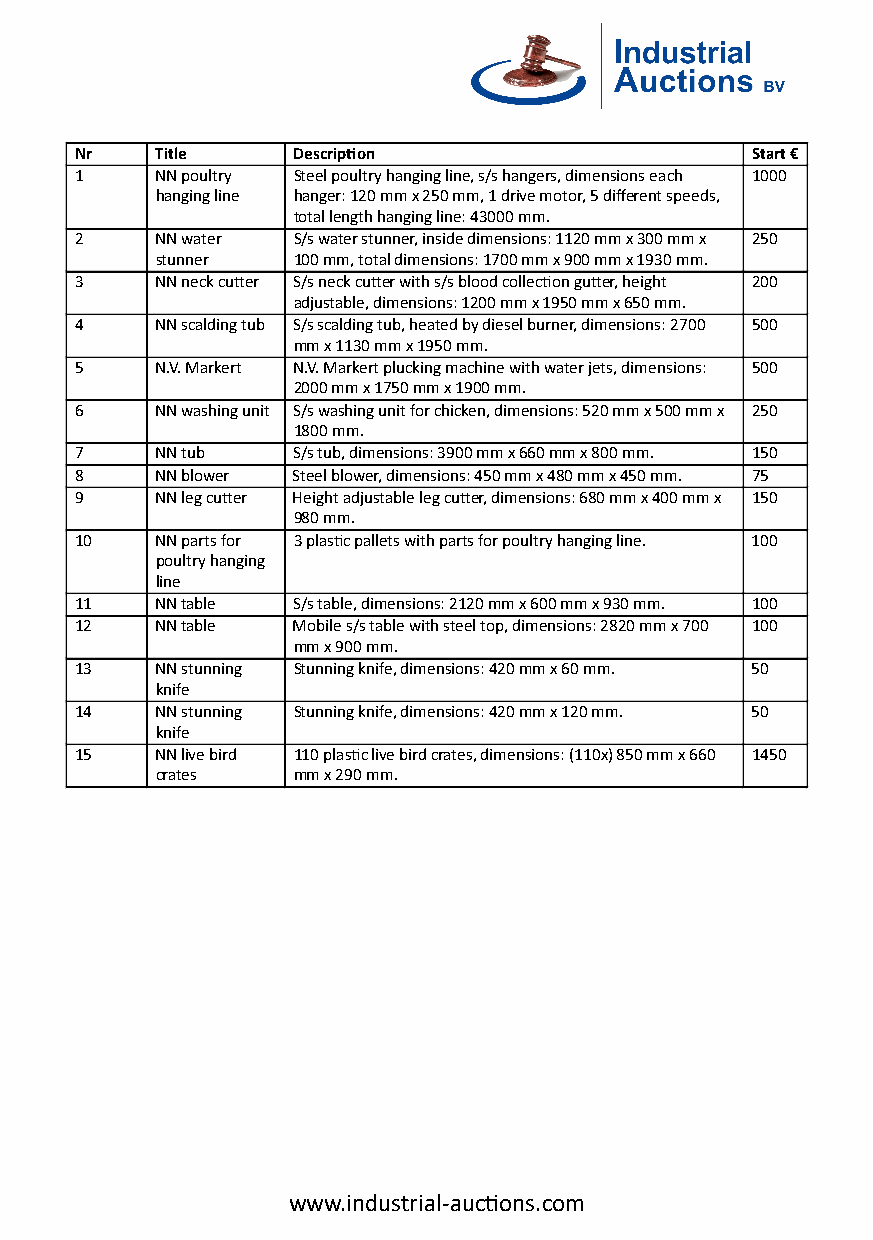
Nr   Title    Descrip�on                     Start €
 1    NN poultry Steel poultry hanging line, s/s hangers, dimensions each 1000
 hanging line hanger: 120 mm x 250 mm, 1 drive motor, 5 different speeds,
 total length hanging line: 43000 mm.
 2    NN water S/s water stunner, inside dimensions: 1120 mm x 300 mm x 250
 stunner  100 mm, total dimensions: 1700 mm x 900 mm x 1930 mm.
 3    NN neck cu�er S/s neck cu�er with s/s blood collec�on gu�er, height 200
 adjustable, dimensions: 1200 mm x 1950 mm x 650 mm.
 4    NN scalding tub S/s scalding tub, heated by diesel burner, dimensions: 2700 500
 mm x 1130 mm x 1950 mm.
 5    N.V. Markert N.V. Markert plucking machine with water jets, dimensions: 500
 2000 mm x 1750 mm x 1900 mm.
 6    NN washing unit S/s washing unit for chicken, dimensions: 520 mm x 500 mm x 250
 1800 mm.
 7    NN tub   S/s tub, dimensions: 3900 mm x 660 mm x 800 mm. 150
 8    NN blower Steel blower, dimensions: 450 mm x 480 mm x 450 mm. 75
 9    NN leg cu�er Height adjustable leg cu�er, dimensions: 680 mm x 400 mm x 150
 980 mm.
 10   NN parts for 3 plas�c pallets with parts for poultry hanging line. 100
 poultry hanging
 line
 11   NN table S/s table, dimensions: 2120 mm x 600 mm x 930 mm. 100
 12   NN table Mobile s/s table with steel top, dimensions: 2820 mm x 700 100
 mm x 900 mm.
 13   NN stunning Stunning knife, dimensions: 420 mm x 60 mm. 50
 knife
 14   NN stunning Stunning knife, dimensions: 420 mm x 120 mm. 50
 knife
 15   NN live bird 110 plas�c live bird crates, dimensions: (110x) 850 mm x 660 1450
 crates   mm x 290 mm.
 www.industrial-auc�ons.com